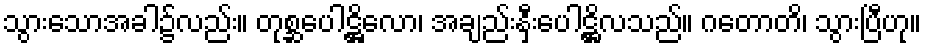
သွားသောအခါ၌လည်း။ တုစ္ဆပေါဋ္ဌိလော၊ အချည်းနှီးပေါဋ္ဌိလသည်။ ဂတောတိ၊ သွားပြီဟု။